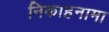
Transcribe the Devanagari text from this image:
निकाहनामा